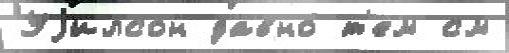
Уjилсон давно́ т'ем см